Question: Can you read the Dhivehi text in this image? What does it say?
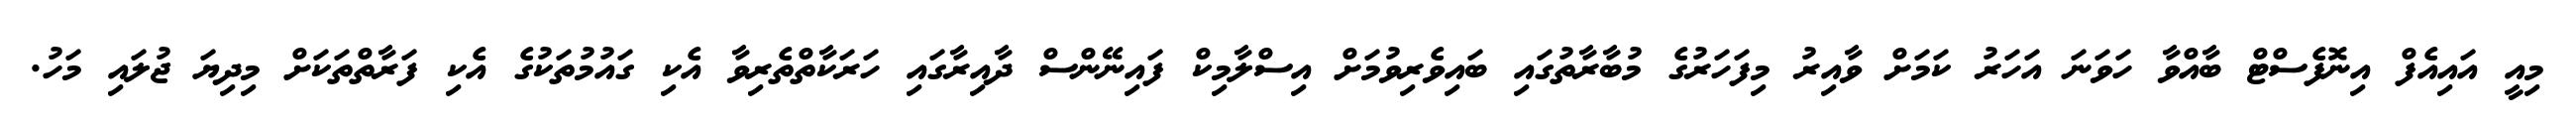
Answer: މިއީ އައިއެފް އިނޮފެސްޓް ބާއްވާ ހަވަނަ އަހަރު ކަމަށް ވާއިރު މިފަހަރުގެ މުބާރާތުގައި ބައިވެރިވުމަށް އިސްލާމިކް ފައިނޭންސް ދާއިރާގައި ހަރަކާތްތެރިވާ އެކި ގައުމުތަކުގެ އެކި ފަރާތްތަކަށް މިދިޔަ ޖުލައި މަހު.